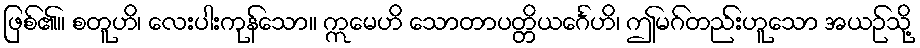
ဖြစ်၏။ စတူဟိ၊ လေးပါးကုန်သော။ ဣမေဟိ သောတာပတ္တိယင်္ဂေဟိ၊ ဤမဂ်တည်းဟူသော အယဉ်သို့